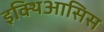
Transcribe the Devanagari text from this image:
इक्थिआसिस